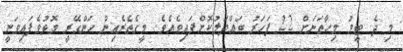
މި ދެ ޓީމު މިހާތަނަށް 22 ފަހަރު ބައްދަލުކޮށްފައިވެއެވެ. މީގެތެރެއިން ހަންގޭރީ މޮޅުވެފައިވަނީ